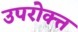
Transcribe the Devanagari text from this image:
उपरोक्त्त